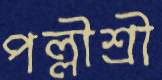
পল্লীশ্রী